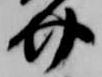
介